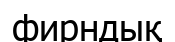
фирндық